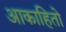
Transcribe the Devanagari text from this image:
आकाहितो